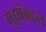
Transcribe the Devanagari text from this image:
मुद्यांबद्दल